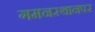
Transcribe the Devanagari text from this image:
गमनस्थानपर